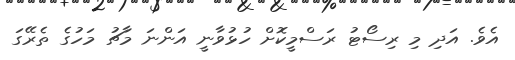
އެވެ. އަދި މި ރިސޯޓު ރަސްމީކޮށް ހުޅުވާނީ އަންނަ މާޗު މަހުގެ ތެރޭގަ